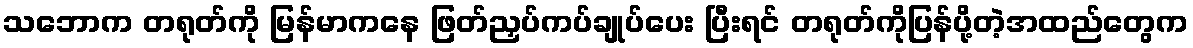
သဘောက တရုတ်ကို မြန်မာကနေ ဖြတ်ညှပ်ကပ်ချုပ်ပေး ပြီးရင် တရုတ်ကိုပြန်ပို့တဲ့အထည်တွေက